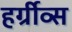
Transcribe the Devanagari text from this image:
हर्ग्रीव्स